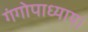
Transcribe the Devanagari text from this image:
गंगोपाध्याय।